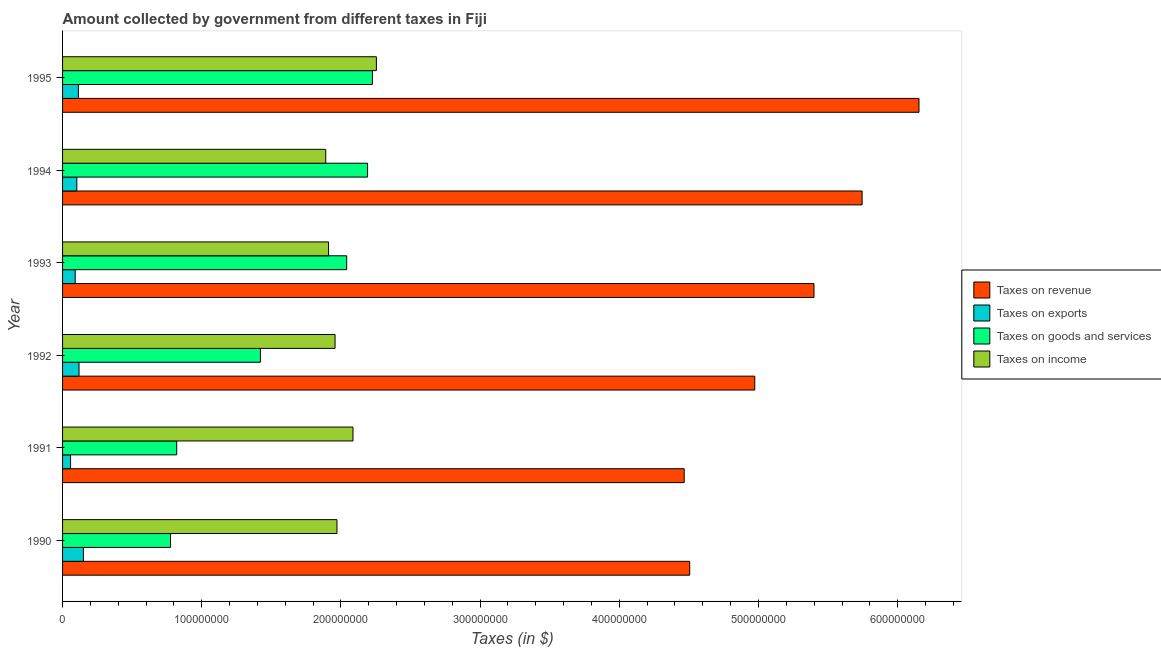
| Year | Taxes on revenue | Taxes on exports | Taxes on goods and services | Taxes on income |
 | --- | --- | --- | --- | --- |
 | 1990 | 4.51e+08 | 1.5e+07 | 7.76e+07 | 1.97e+08 |
 | 1991 | 4.47e+08 | 5.74e+06 | 8.2e+07 | 2.09e+08 |
 | 1992 | 4.97e+08 | 1.18e+07 | 1.42e+08 | 1.96e+08 |
 | 1993 | 5.4e+08 | 9.08e+06 | 2.04e+08 | 1.91e+08 |
 | 1994 | 5.74e+08 | 1.02e+07 | 2.19e+08 | 1.89e+08 |
 | 1995 | 6.15e+08 | 1.14e+07 | 2.23e+08 | 2.25e+08 |